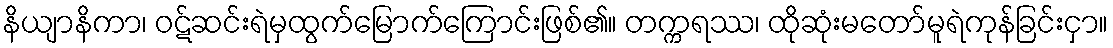
နိယျာနိကာ၊ ဝဋ်ဆင်းရဲမှထွက်မြောက်ကြောင်းဖြစ်၏။ တက္ကရဿ၊ ထိုဆုံးမတော်မူရဲကုန်ခြင်းငှာ။